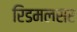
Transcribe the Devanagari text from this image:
रिडमलसर